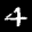
Label: 4